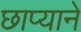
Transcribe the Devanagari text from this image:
छाप्याने